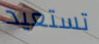
تستعيد